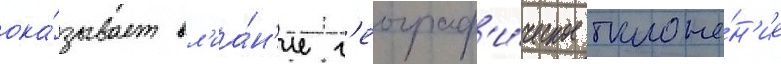
ока́зывает вл'иа́н'ие г'еограф'и́ческое положе́н'ие